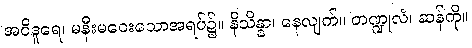
အဝိဒူရေ၊ မနီးမဝေးသောအရပ်၌။ နိသိန္နာ၊ နေလျက်။ တဏ္ဍုလံ၊ ဆန်ကို။